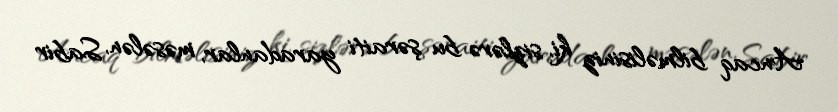
Ancaq bilməlisiniz ki, sizlərə bu şəraiti yaradanlar, məsələn, Sabir